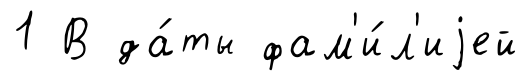
1 В да́ты фам'и́л'иjей